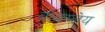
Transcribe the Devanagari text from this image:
बोबस्लेय